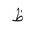
Letter: _za